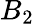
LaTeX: B_{2}